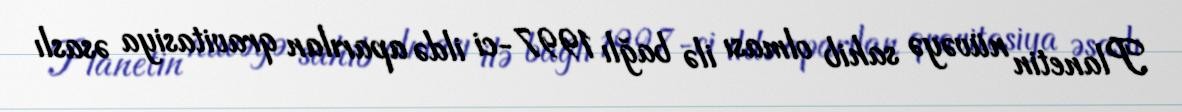
Planetin nüvəyə sahib olması ilə bağlı 1997-ci ildə aparılan qravitasiya əsaslı